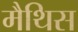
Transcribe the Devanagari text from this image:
मैथिस